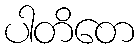
ပါတိတေ